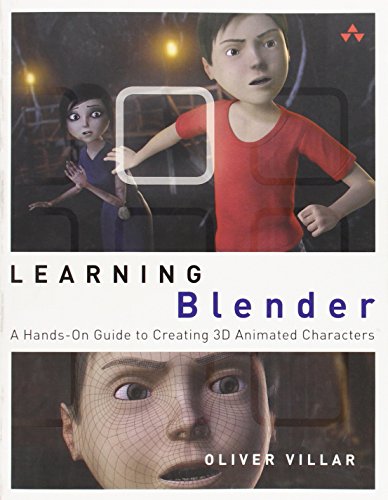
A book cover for Learning Blender: A Hands-On Guide to Creating 3D Animated Characters; Oliver Villar; Computers & Technology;